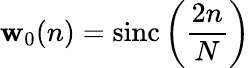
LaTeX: \mathbf{w}_{0}(n)=\operatorname{sinc}\left({\frac{{2n}}{{N}}}\right)